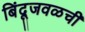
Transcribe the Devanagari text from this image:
बिंदूजवळची